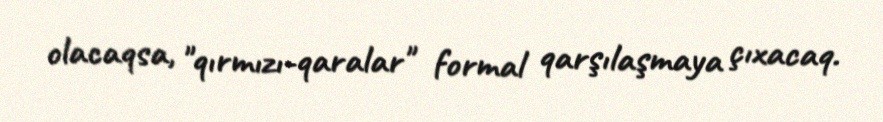
olacaqsa, "qırmızı-qaralar" formal qarşılaşmaya çıxacaq.